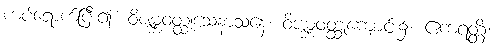
ကပ်ရောက်ပြီး၍။ ဝိဇမ္ဘဝတ္ထုသေနာသနေ၊ ဝိဇမ္ဘဝတ္ထုကျောင်း၌။ ဧကရတ္တိံ၊